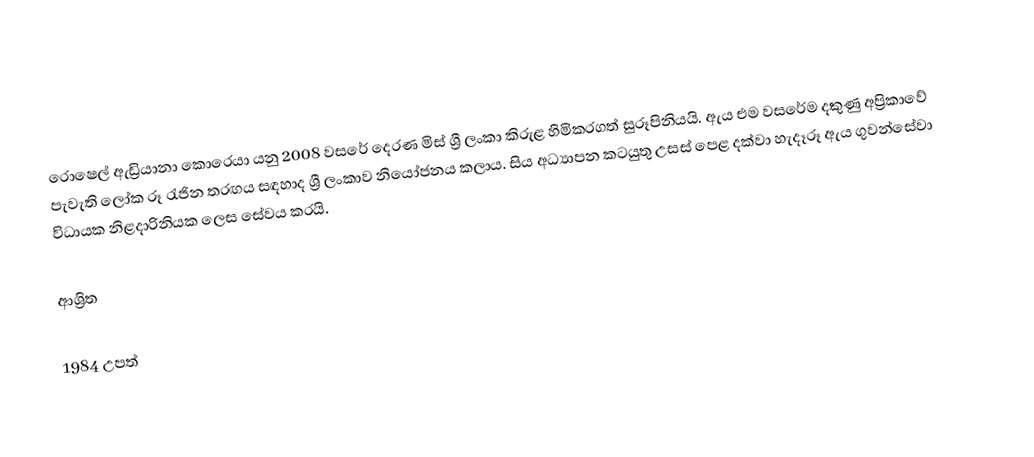
රොෂෙල් ඇඩ්‍රියානා කොරෙයා යනු 2008 වසරේ දෙරණ මිස් ශ්‍රී ලංකා කිරුළ හිමිකරගත් සුරූපිනියයි. ඇය එම වසරේම දකුණු අප්‍රිකාවේ පැවැති ලෝක රූ රැජින තරඟය සඳහාද ශ්‍රී ලංකාව නියෝජනය කලාය. සිය අධ්‍යාපන කටයුතු උසස් පෙළ දක්වා හැදෑරූ ඇය ගුවන්සේවා විධායක නිළදාරිනියක ලෙස සේවය කරයි.

ආශ්‍රිත

1984 උපත්